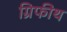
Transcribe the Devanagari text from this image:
ग्रिफीथ